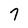
Character: 7